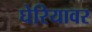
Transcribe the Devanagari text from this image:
घेरियावर